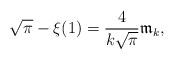
LaTeX: \begin{align*} \sqrt\pi-\xi(1)=\frac{4}{k\sqrt\pi} {\mathfrak m}_k,\end{align*}